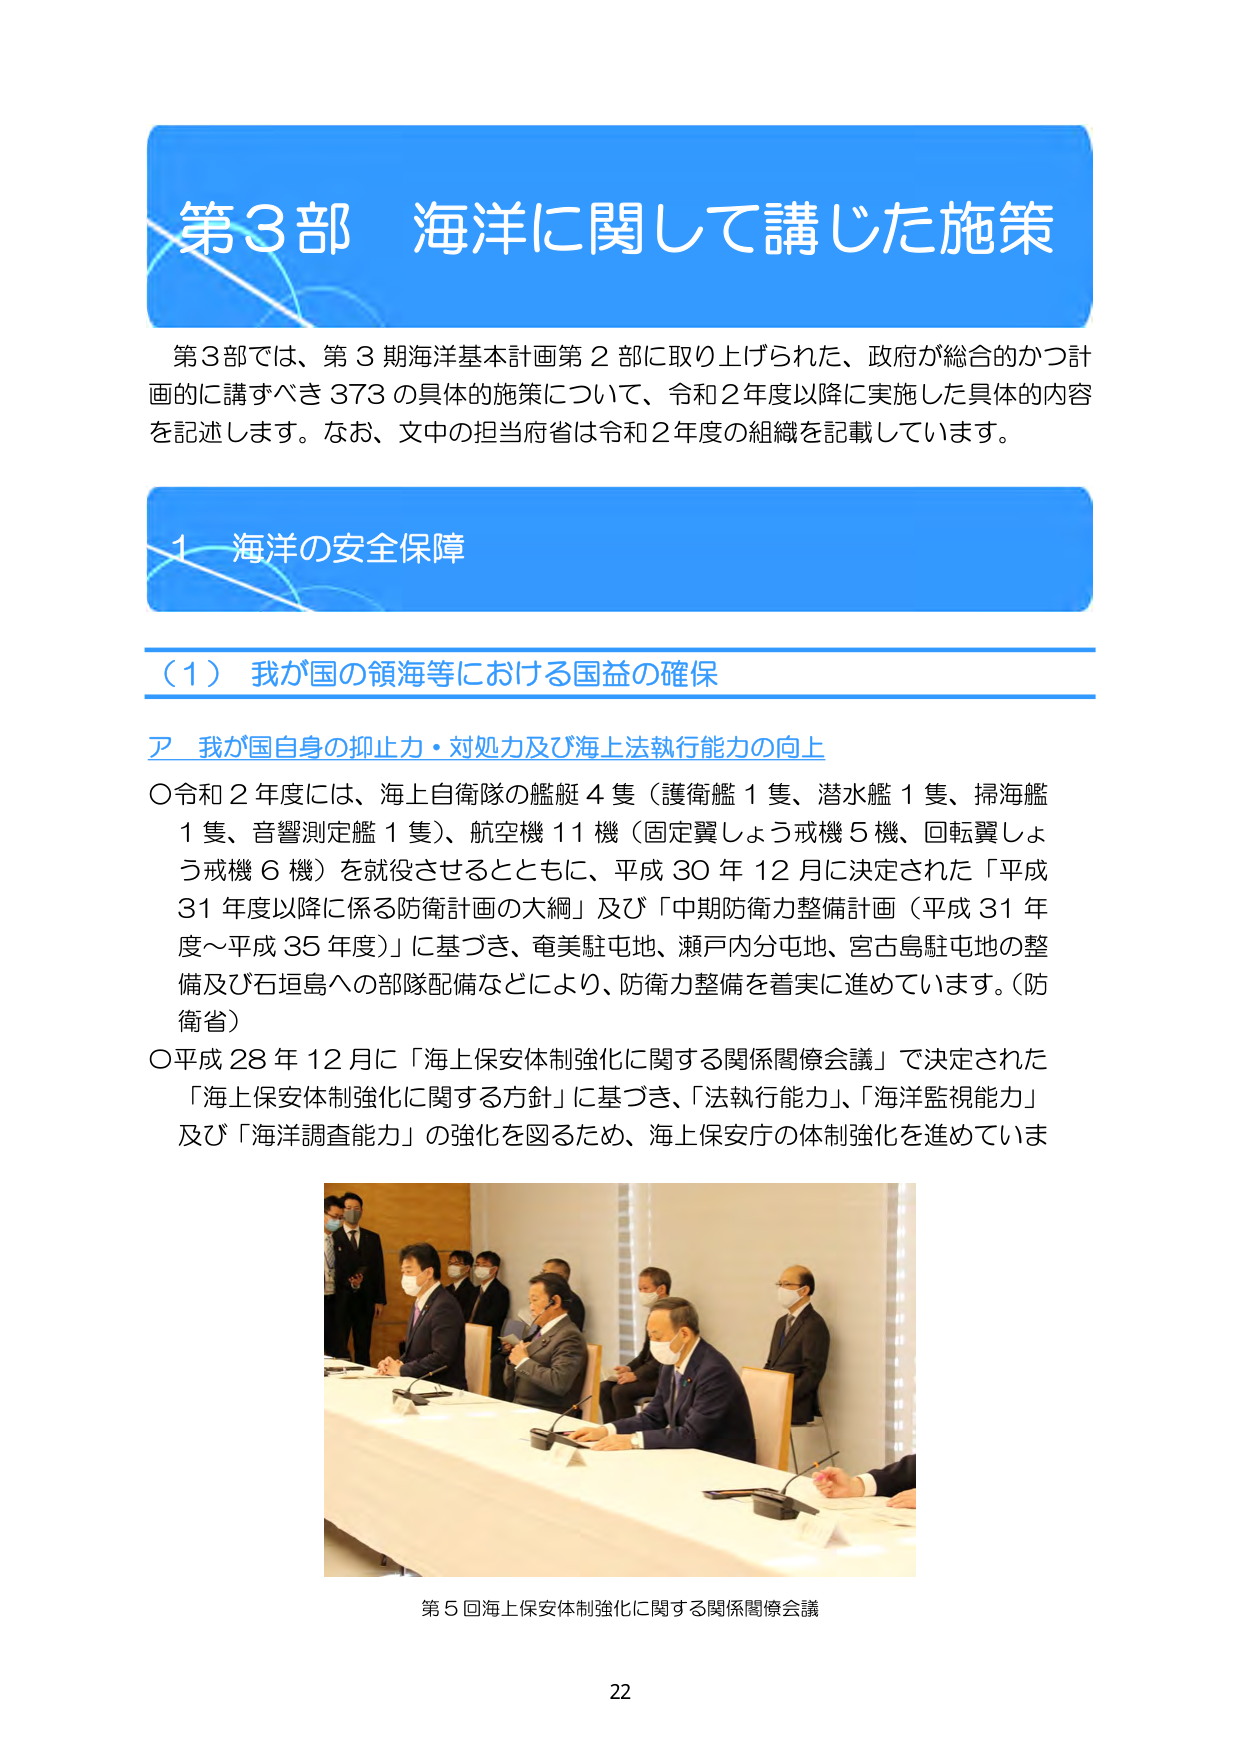
第3部 海洋に関して講じた施策

第3部では、第3期海洋基本計画第2部に取り上げられた、政府が総合的かつ計画的に講ずべき373の具体的施策について、令和2年度以降に実施した具体的内容を記述します。なお、文中の担当府省は令和2年度の組織を記載しています。

1 海洋の安全保障

（1）我が国の領海等における国益の確保

ア 我が国自身の抑止力・対処力及び海上法執行能力の向上

○令和2年度には、海上自衛隊の艦艇4隻（護衛艦1隻、潜水艦1隻、掃海艦1隻、音響測定艦1隻）、航空機11機（固定翼しょう戒機5機、回転翼しょう戒機6機）を就役させるとともに、平成30年12月に決定された「平成31年度以降に係る防衛計画の大綱」及び「中期防衛力整備計画（平成31年度～平成35年度）」に基づき、奄美駐屯地、瀬戸内分屯地、宮古島駐屯地の整備及び石垣島への部隊配備などにより、防衛力整備を着実に進めています。（防衛省）

○平成28年12月に「海上保安体制強化に関する関係閣僚会議」で決定された「海上保安体制強化に関する方針」に基づき、「法執行能力」、「海洋監視能力」及び「海洋調査能力」の強化を図るため、海上保安庁の体制強化を進めています

第5回海上保安体制強化に関する関係閣僚会議

22